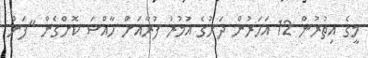
މީގެ އިތުރުން 12 އަހަރުން ދަށުގެ އުމުރު ފުރާއަށް ހާއްސަ ކޮށްގެން "ފަން